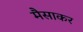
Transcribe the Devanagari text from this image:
मैसाकर